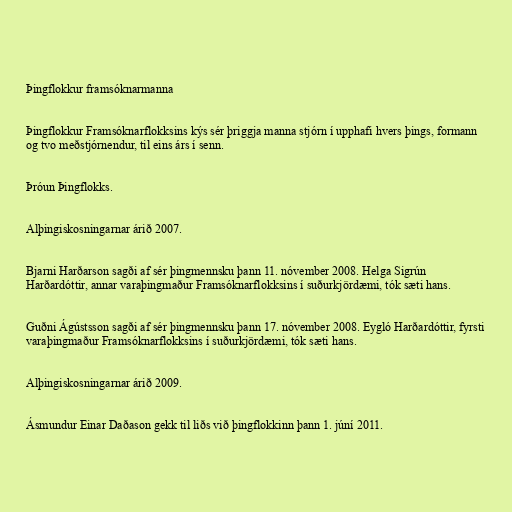
Þingflokkur framsóknarmanna

Þingflokkur Framsóknarflokksins kýs sér þriggja manna stjórn í upphafi hvers þings, formann
og tvo meðstjórnendur, til eins árs í senn.

Þróun Þingflokks.

Alþingiskosningarnar árið 2007.

Bjarni Harðarson sagði af sér þingmennsku þann 11. nóvember 2008. Helga Sigrún
Harðardóttir, annar varaþingmaður Framsóknarflokksins í suðurkjördæmi, tók sæti hans.

Guðni Ágústsson sagði af sér þingmennsku þann 17. nóvember 2008. Eygló Harðardóttir, fyrsti
varaþingmaður Framsóknarflokksins í suðurkjördæmi, tók sæti hans.

Alþingiskosningarnar árið 2009.

Ásmundur Einar Daðason gekk til liðs við þingflokkinn þann 1. júní 2011.